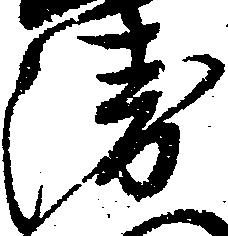
衛